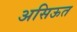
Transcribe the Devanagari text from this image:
असिऊत